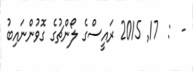
-  :  17